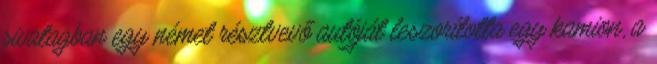
sivatagban egy német résztvevő autóját leszorította egy kamion, a